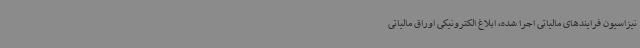
نیزاسیون فرایندهای مالیاتی اجرا شده، ابلاغ الکترونیکی اوراق مالیاتی